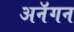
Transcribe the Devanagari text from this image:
अनॅगन